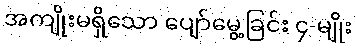
အကျိုးမရှိသော ပျော်မွေ့ခြင်း ၄-မျိုး